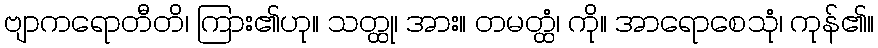
ဗျာကရောတီတိ၊ ကြား၏ဟု။ သတ္ထု၊ အား။ တမတ္ထံ၊ ကို။ အာရောစေသုံ၊ ကုန်၏။